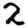
Digit: 2